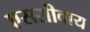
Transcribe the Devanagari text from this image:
एससीवाय